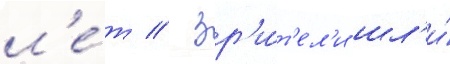
л'е́т // Зр'и́т'ел'и шл'и́